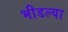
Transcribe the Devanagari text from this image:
भीडल्या